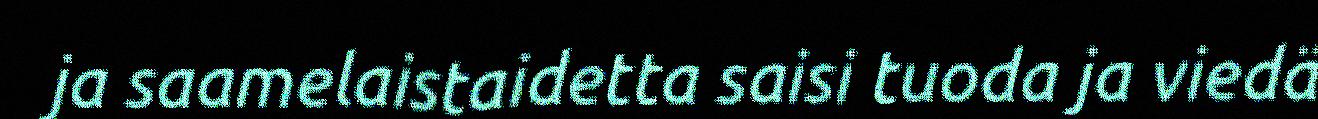
ja saamelaistaidetta saisi tuoda ja viedä